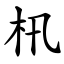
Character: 㭄